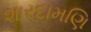
શારદામણિ